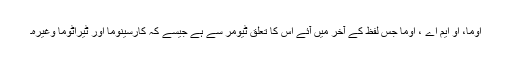
اوما، او ایم اے ، اوما جس لفظ کے آخر میں آئے اس کا تعلق ٹیومر سے ہے جیسے کہ کارسینوما اور ٹیراٹوما وغیرہ۔